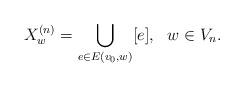
LaTeX: \begin{align*}X_w^{(n)} = \bigcup_{e \in E(v_0,w)} [e], \ \ w \in V_n.\end{align*}